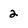
Character: 2